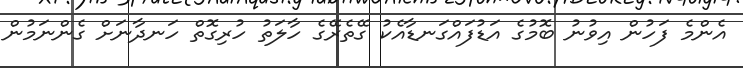
އެންމެ ފަހުން އިވުނު ބޮމުގެ އަޑުފައްގަނޑާއެކު ގޭތެރޭގެ ހާލަތު ހުރިގޮތް ހަނދާނަށް ގެންނަމުން